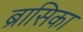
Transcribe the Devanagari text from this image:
ब्रासिका